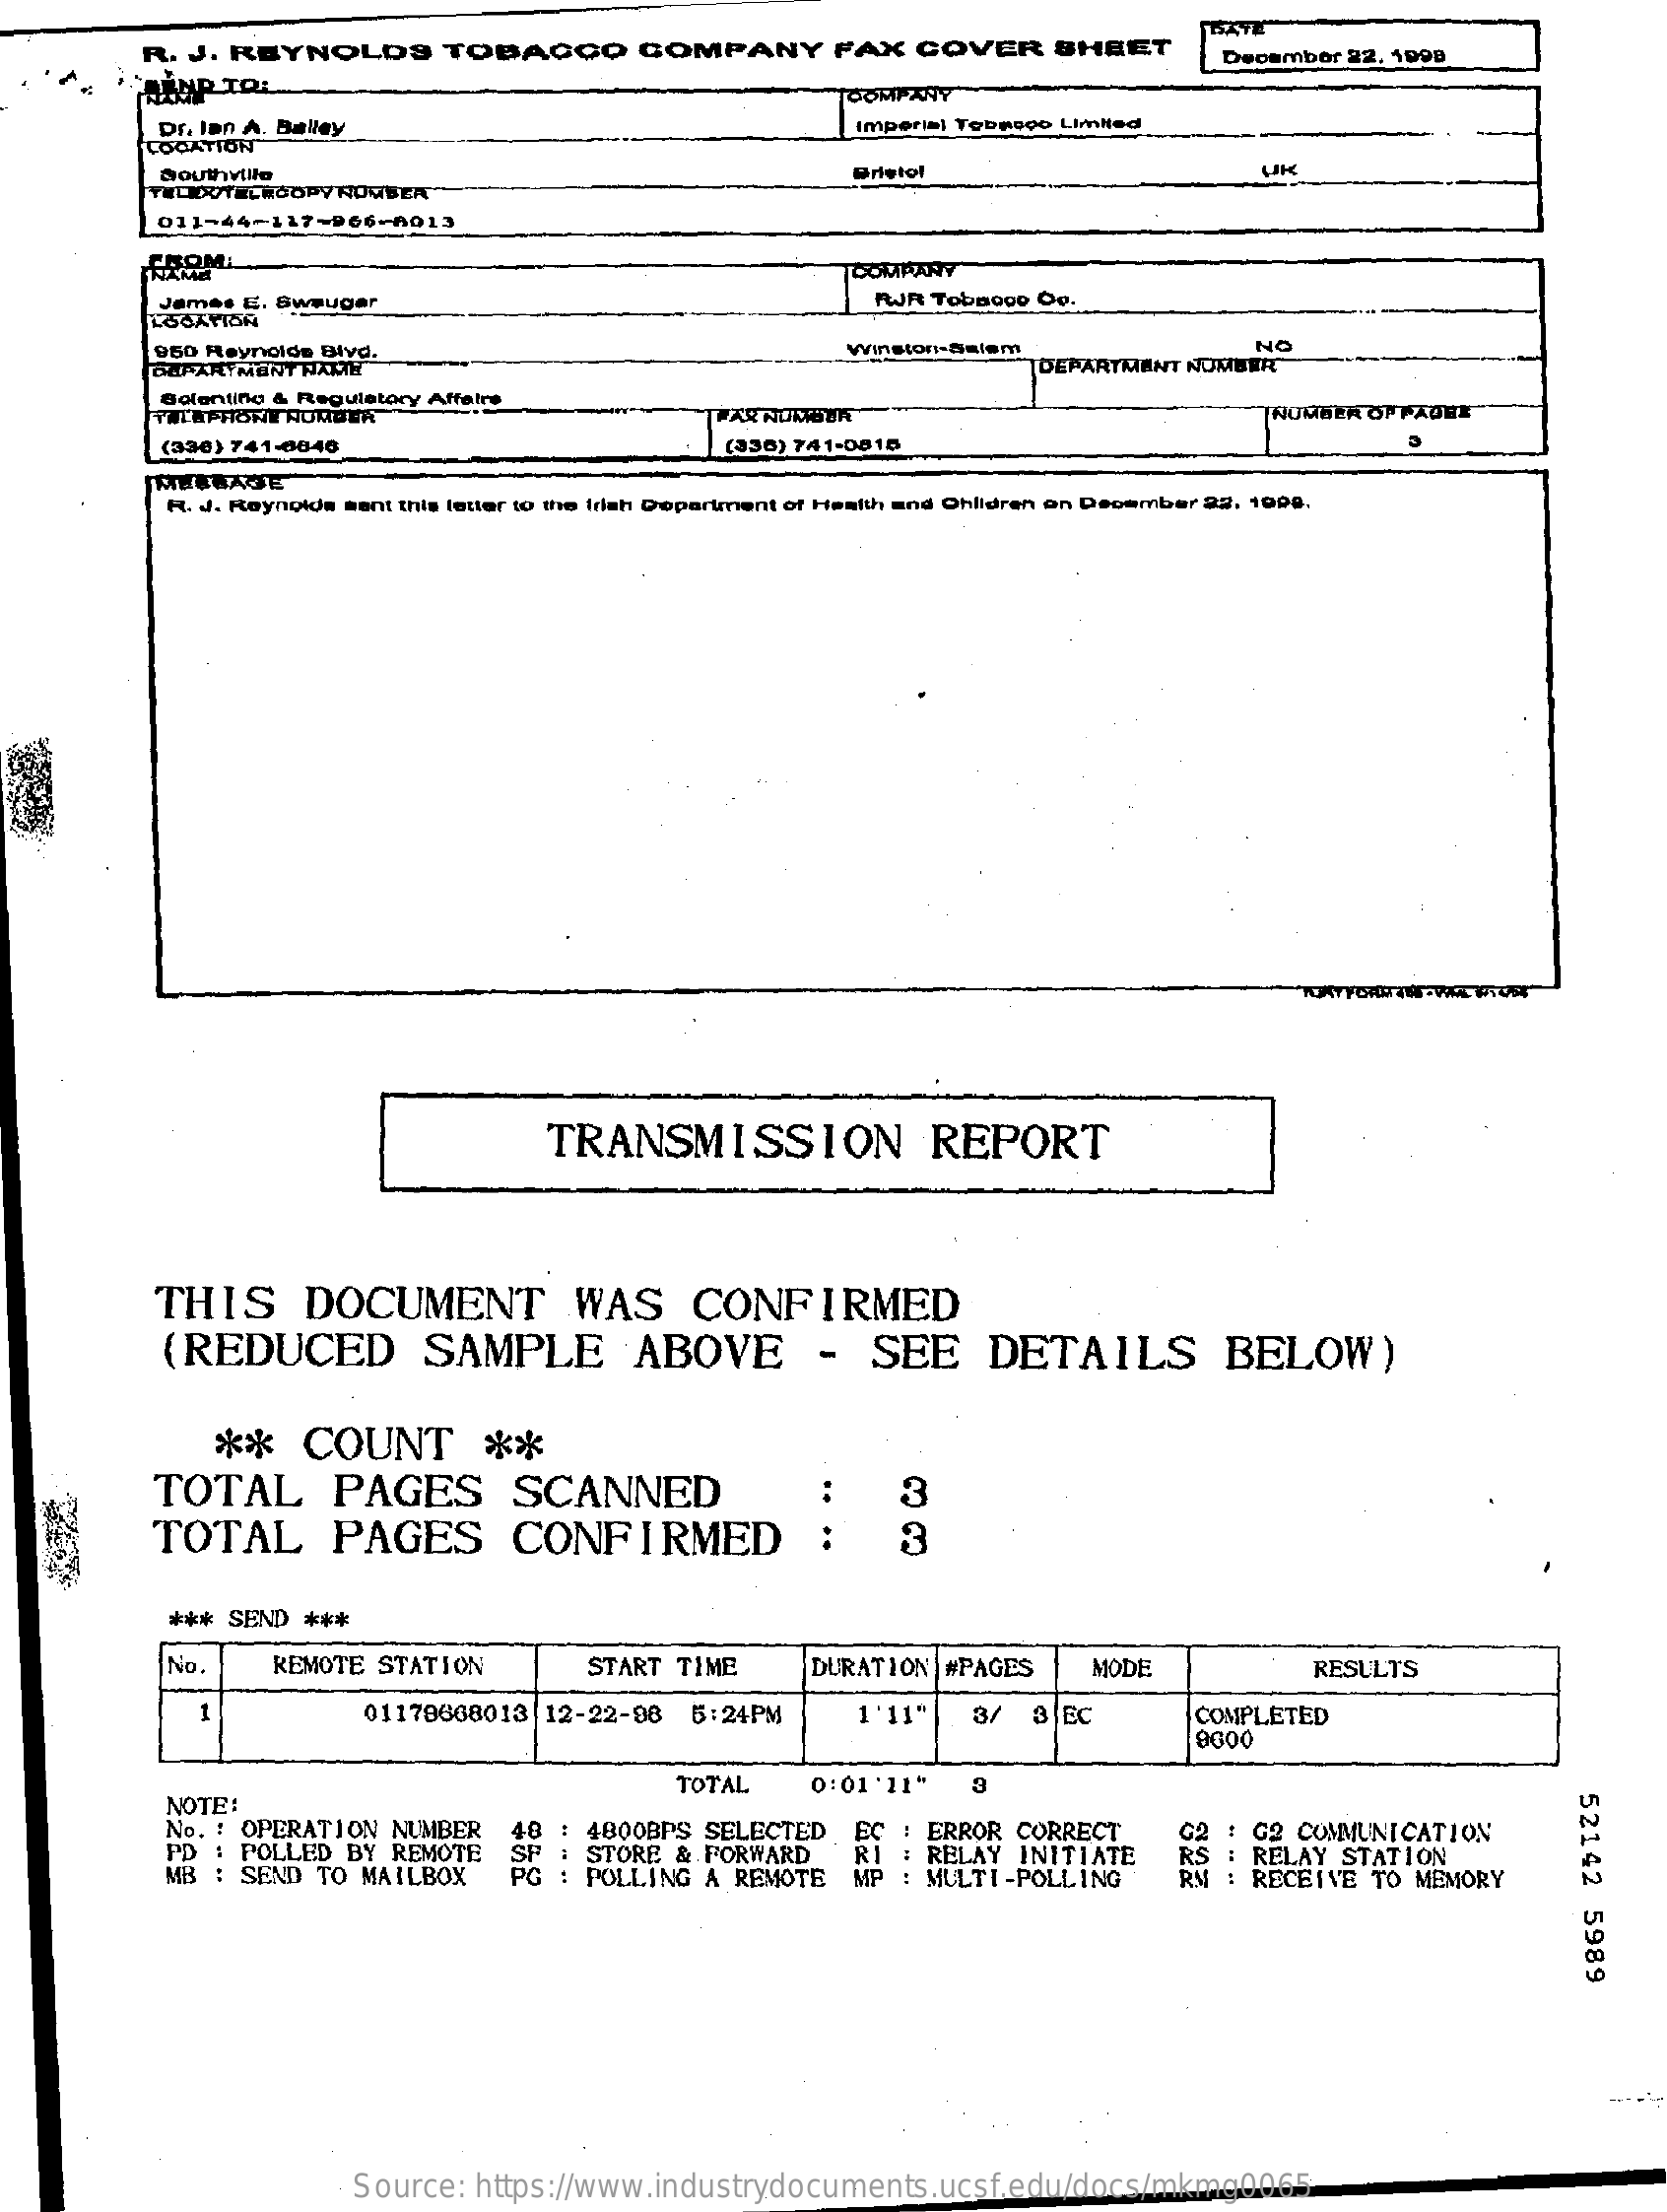
R.  J. REYNOLDS    TOBACCO    COMPANY    FAX   COVER    SHEET
     DATE
     Decambor 22, 1998
     COMPANY
     Dr. Ian A. Balley    Imperial Tobacco Limited
     CORATION
     Southville    Bristol
     TELEVIELRGOPY NOMBER
     011-44-117-966-8013
     COMPANY
     James G. Swauger    RJR TobBoco Oo.
     950 Reynolds Blvd.    winston-Salem    NO
     DEPARTMENT FAUT    DEPARTMENT NUMBER
     Solenting & Regulatory Affairs
     NOMBER OFFAONE
     (330) 741-0046    (336) 741-0815
     MIEL
     R. J. Reynolds sent this letter to the Irish Department of Health and Children on December 22. 1998.
     TRANSMISSION    REPORT
     THIS    DOCUMENT    WAS    CONFIRMED
     (REDUCED    SAMPLE    ABOVE    -   SEE    DETAILS    BELOW)
     **    COUNT    **
     TOTAL    PAGES    SCANNED
     TOTAL    PAGES    CONFIRMED
     3
     3
     ***  SEND ***
     No.    REMOTE  STATION    START TIME    DURATION  #PAGES    MODE    RESULTS
     01179668013  12-22-98  5:24PM    1'11"   3/  3  EC    COMPLETED
     9000
     52142
     5989
     NOTE:
     TOTAL    0: 01 '11"
     No. : OPERATION  NUMBER
     PD
     G2 : G2 COMMUNICATION
     MB
     PD : POLLED BY REMOTE
     48  : 4800BPS SELECTED
     STORE & FORWARD
     PG  : POLLING A REMOTE
     RI
     EC : ERROR CORRECT
     SEND TO MAILBOX
     RELAY  INITIATE
     MP  : MULTI-POLLING
     RS : RELAY  STATION
     RM : RECEIVE  TO MEMORY
     Source:  https://www.industrydocuments.ucsf.edu/docs/mkmg0065